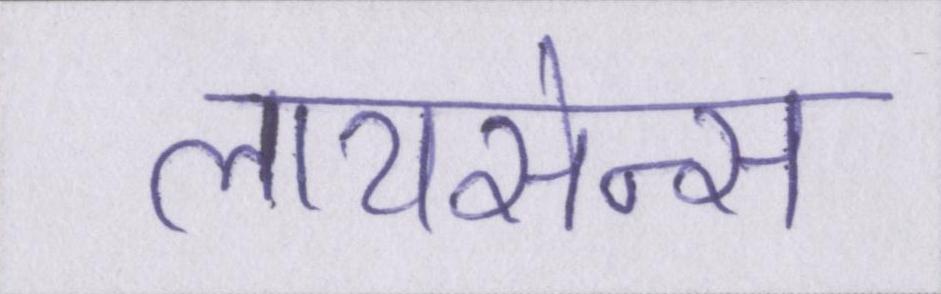
लायसेन्स